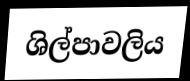
ශිල්පාවලිය